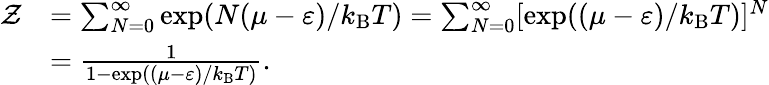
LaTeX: {\begin{array}{rl}{{\mathcal{Z}}}&{=\sum_{N=0}^{\infty}\exp(N(\mu-\varepsilon)/k_{\mathrm{B}}T)=\sum_{N=0}^{\infty}[\exp((\mu-\varepsilon)/k_{\mathrm{B}}T)]^{N}}\\ &{={\frac{1}{1-\exp((\mu-\varepsilon)/k_{\mathrm{B}}T)}}.}\end{array}}